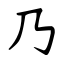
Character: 乃